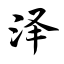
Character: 泽